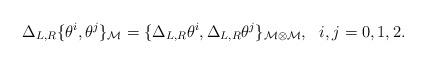
LaTeX: \begin{align*}\Delta_{L,R} \{\theta^i,\theta^j\}_{\cal M}=\{\Delta_{L,R}\theta^i,\Delta_{L,R} \theta^j\}_{{\cal M}\otimes{\cal M}},~~i,j=0,1,2.\end{align*}